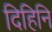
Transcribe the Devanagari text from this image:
दिहिनि